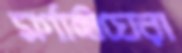
মর্গাঙ্গীঘেরা